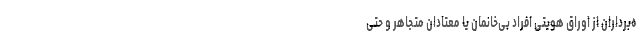
ه‌برداران از اوراق هویتی افراد بی‌خانمان یا معتادان متجاهر و حتی